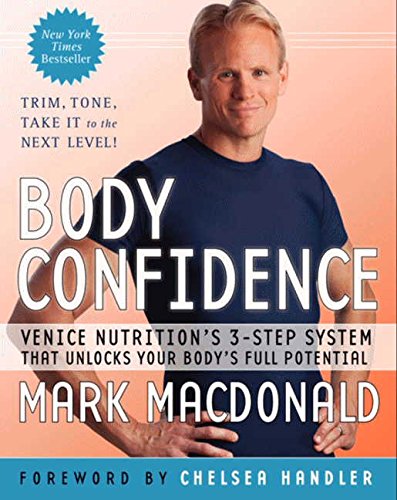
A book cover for Body Confidence: Venice Nutrition's 3-Step System That Unlocks Your Body's Full Potential; Mark Macdonald; Health, Fitness & Dieting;